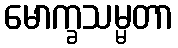
မောက္ခသမ္မတာ